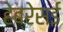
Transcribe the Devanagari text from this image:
हेब्रेसई